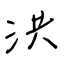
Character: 洪